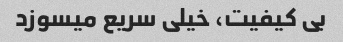
بی کیفیت، خیلی سریع میسوزد